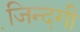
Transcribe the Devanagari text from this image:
जि़न्दगी